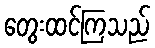
တွေးထင်ကြသည်